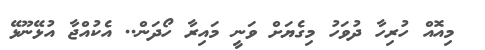
މިއޮއް ހުރިހާ ދުވަހު މިގެޔަށް ވަނީ މައިރާ ހޯދަން.. އެކުއްޖާ އުޅޭނޫޅޭ